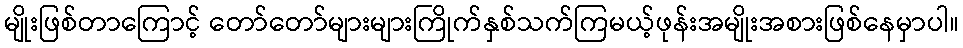
မျိုးဖြစ်တာကြောင့် တော်တော်များများကြိုက်နှစ်သက်ကြမယ့်ဖုန်းအမျိုးအစားဖြစ်နေမှာပါ။